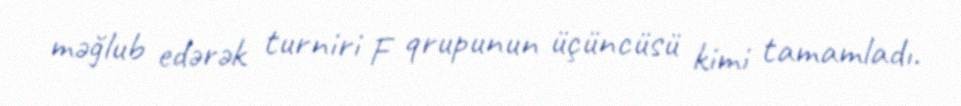
məğlub edərək turniri F qrupunun üçüncüsü kimi tamamladı.